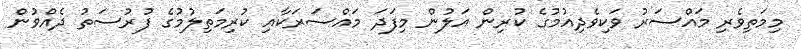
މިމަތިވެރި މައްސަރު ވަކިވެދިއުމުގެ ކުރިން އަލުން މިފަދަ މައްސަރަކާއި ކުރިމަތިލުމުގެ ފުރުސަތު ދެއްވުން